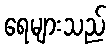
ရေများသည်